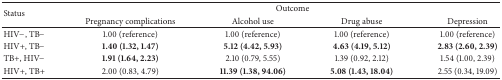
<table><thead><tr><td rowspan="2"><b>Status</b></td><td colspan="4"><b>Outcome</b></td></tr><tr><td><b>Pregnancy complications</b></td><td><b>Alcohol use</b></td><td><b>Drug abuse</b></td><td><b>Depression</b></td></tr></thead><tbody><tr><td>HIV−, TB−</td><td>1.00 (reference)</td><td>1.00 (reference)</td><td>1.00 (reference)</td><td>1.00 (reference)</td></tr><tr><td>HIV+, TB−</td><td><b>1.40 (1.32, 1.47)</b></td><td><b>5.12 (4.42, 5.93)</b></td><td><b>4.63 (4.19, 5.12)</b></td><td><b>2.83 (2.60, 2.39)</b></td></tr><tr><td>TB+, HIV−</td><td><b>1.91 (1.64, 2.23)</b></td><td>2.10 (0.79, 5.55)</td><td>1.39 (0.92, 2.12)</td><td>1.54 (1.00, 2.39)</td></tr><tr><td>HIV+, TB+</td><td>2.00 (0.83, 4.79)</td><td><b>11.39 (1.38, 94.06)</b></td><td><b>5.08 (1.43, 18.04)</b></td><td>2.55 (0.34, 19.09)</td></tr></tbody></table>